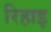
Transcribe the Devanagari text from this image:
रिहाइ